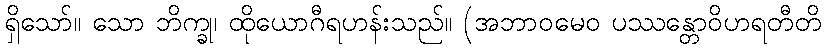
ရှိသော်။ သော ဘိက္ခု၊ ထိုယောဂီရဟန်းသည်။ (အဘာဝမေဝ ပဿန္တောဝိဟရတီတိ